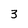
Character: 3